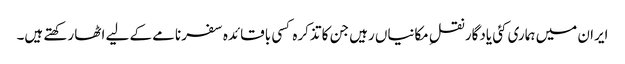
ایران میں ہماری کئی یادگار نقلِ مکانیاں رہیں جن کا تذکرہ کسی باقائدہ سفرنامے کے لیے اٹھا رکھتے ہیں۔